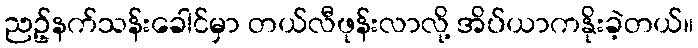
ညဥ့်နက်သန်းခေါင်မှာ တယ်လီဖုန်းလာလို့ အိပ်ယာကနိုးခဲ့တယ်။